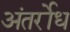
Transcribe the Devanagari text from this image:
अंतर्रोध